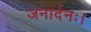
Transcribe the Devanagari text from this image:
जनार्दनः।